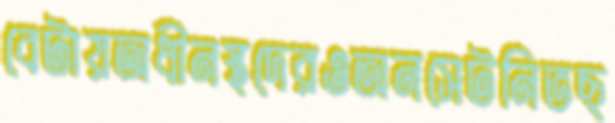
বেটায়অধীনস্থদেরওঅনসেটনিভছ